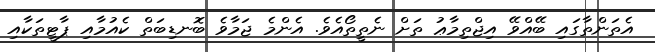
އެތަންތާގައި ބޭއްވޭ އިޖްތިމާޢު ތަށް ނެތީތޯއެވެ. އެންމެ ޖަމާވެ ބޮނޑިބަތް ކެއުމާއި ޕާޓީތަކާއި